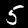
Label: 5